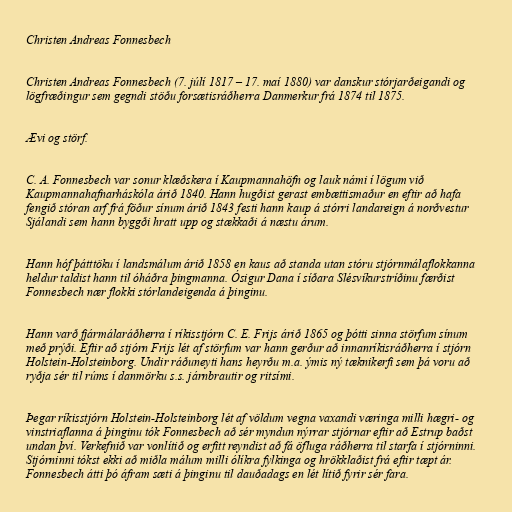
Christen Andreas Fonnesbech

Christen Andreas Fonnesbech (7. júlí 1817 – 17. maí 1880) var danskur stórjarðeigandi og
lögfræðingur sem gegndi stöðu forsætisráðherra Danmerkur frá 1874 til 1875.

Ævi og störf.

C. A. Fonnesbech var sonur klæðskera í Kaupmannahöfn og lauk námi í lögum við
Kaupmannahafnarháskóla árið 1840. Hann hugðist gerast embættismaður en eftir að hafa
fengið stóran arf frá föður sínum árið 1843 festi hann kaup á stórri landareign á norðvestur
Sjálandi sem hann byggði hratt upp og stækkaði á næstu árum.

Hann hóf þátttöku í landsmálum árið 1858 en kaus að standa utan stóru stjórnmálaflokkanna
heldur taldist hann til óháðra þingmanna. Ósigur Dana í síðara Slésvíkurstríðinu færðist
Fonnesbech nær flokki stórlandeigenda á þinginu.

Hann varð fjármálaráðherra í ríkisstjórn C. E. Frijs árið 1865 og þótti sinna störfum sínum
með prýði. Eftir að stjórn Frijs lét af störfum var hann gerður að innanríkisráðherra í stjórn
Holstein-Holsteinborg. Undir ráðuneyti hans heyrðu m.a. ýmis ný tæknikerfi sem þá voru að
ryðja sér til rúms í danmörku s.s. járnbrautir og ritsími.

Þegar ríkisstjórn Holstein-Holsteinborg lét af völdum vegna vaxandi væringa milli hægri- og
vinstriaflanna á þinginu tók Fonnesbech að sér myndun nýrrar stjórnar eftir að Estrup baðst
undan því. Verkefnið var vonlítið og erfitt reyndist að fá öfluga ráðherra til starfa í stjórninni.
Stjórninni tókst ekki að miðla málum milli ólíkra fylkinga og hrökklaðist frá eftir tæpt ár.
Fonnesbech átti þó áfram sæti á þinginu til dauðadags en lét lítið fyrir sér fara.